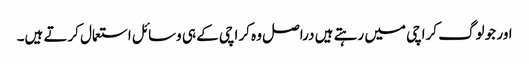
اور جو لوگ کراچی میں رہتے ہیں دراصل وہ کراچی کے ہی وسائل استعمال کرتے ہیں۔